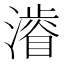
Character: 𱩕